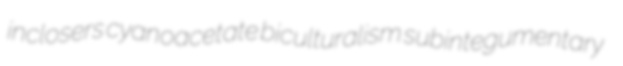
inclosers cyanoacetate biculturalism subintegumentary